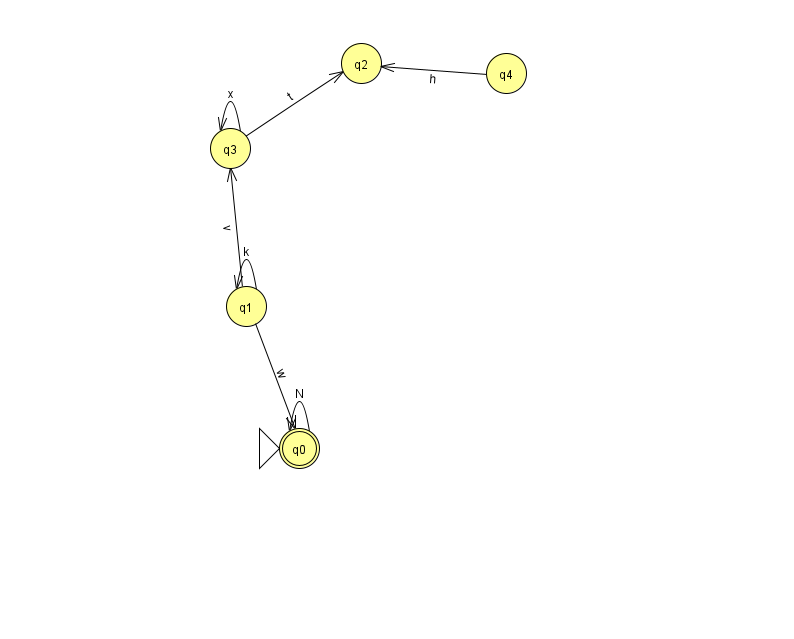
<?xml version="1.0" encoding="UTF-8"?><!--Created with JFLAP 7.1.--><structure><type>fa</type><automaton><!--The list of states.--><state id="0" name="q0"><x>299.0</x><y>435.0</y><initial/><final/></state><state id="1" name="q1"><x>246.0</x><y>293.0</y></state><state id="2" name="q2"><x>361.0</x><y>50.0</y></state><state id="3" name="q3"><x>230.0</x><y>135.0</y></state><state id="4" name="q4"><x>506.0</x><y>60.0</y></state><!--The list of transitions.--><transition><from>3</from><to>2</to><read>t</read></transition><transition><from>1</from><to>0</to><read>w</read></transition><transition><from>3</from><to>3</to><read>x</read></transition><transition><from>1</from><to>3</to><read>v</read></transition><transition><from>4</from><to>2</to><read>h</read></transition><transition><from>1</from><to>1</to><read>k</read></transition><transition><from>0</from><to>0</to><read>N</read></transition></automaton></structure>